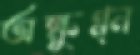
অক্ষুণ্ন্ন